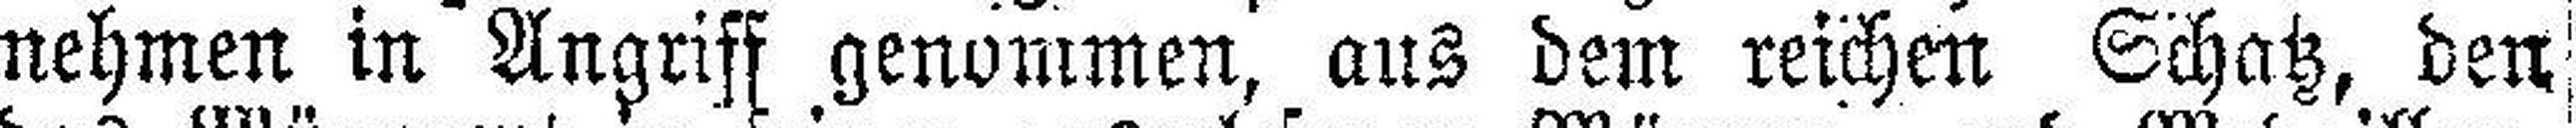
nehmen in seiner genommen, aus dem reichen Schatz, den